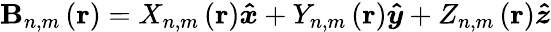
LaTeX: \mathbf{B}_{n,m}\left(\mathbf{r}\right)=X_{n,m}\left(\mathbf{r}\right)\boldsymbol{\hat{x}}+Y_{n,m}\left(\mathbf{r}\right)\boldsymbol{\hat{y}}+Z_{n,m}\left(\mathbf{r}\right)\boldsymbol{\hat{z}}